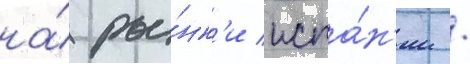
на́ ры́нк'и испа́н'ии /